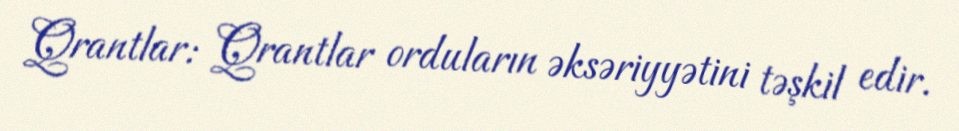
Qrantlar: Qrantlar orduların əksəriyyətini təşkil edir.